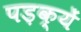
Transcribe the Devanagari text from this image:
पड़क्यें